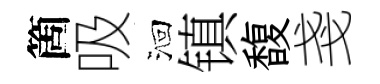
箇吸洄镇馥戔